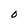
Character: 0